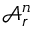
\mathcal { A } _ { r } ^ { n }